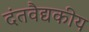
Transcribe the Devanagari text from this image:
दंतवैद्यकीय